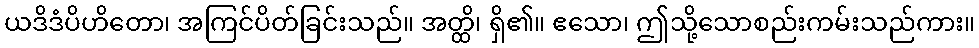
ယဒိဒံပိဟိတော၊ အကြင်ပိတ်ခြင်းသည်။ အတ္ထိ၊ ရှိ၏။ ဧသော၊ ဤသို့သောစည်းကမ်းသည်ကား။